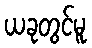
ယခုတွင်မူ